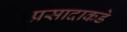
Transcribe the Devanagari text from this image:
प्रसादाकडे